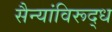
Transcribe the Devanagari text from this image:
सैन्यांविरूद्ध